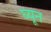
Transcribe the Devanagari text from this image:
घ्यून